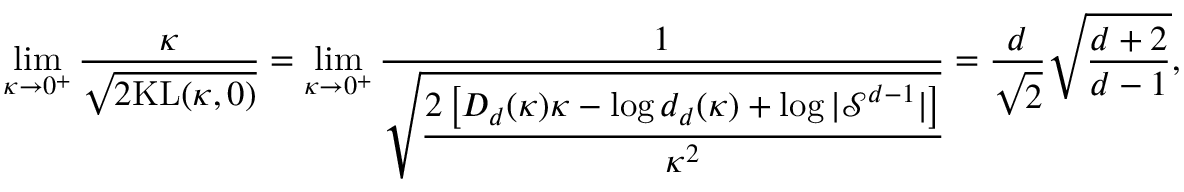
\operatorname* { l i m } _ { \kappa \rightarrow 0 ^ { + } } \frac { \kappa } { \sqrt { 2 \mathrm { K L } ( \kappa , 0 ) } } = \operatorname* { l i m } _ { \kappa \rightarrow 0 ^ { + } } \frac { 1 } { \sqrt { \cfrac { 2 \left[ D _ { d } ( \kappa ) \kappa - \log d _ { d } ( \kappa ) + \log | \mathcal { S } ^ { d - 1 } | \right] } { \kappa ^ { 2 } } } } = \frac { d } { \sqrt { 2 } } \sqrt { \frac { d + 2 } { d - 1 } } ,